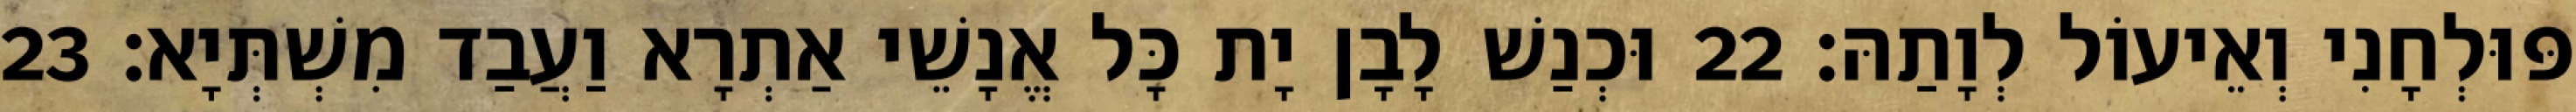
פּוּלְחָנִי וְאֵיעוֹל לְוָתַהּ׃ 22 וּכְנַשׁ לָבָן יָת כָּל אֱנָשֵׁי אַתְרָא וַעֲבַד מִשְׁתְּיָא׃ 23